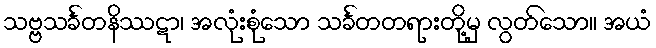
သဗ္ဗသင်္ခတနိဿဋာ၊ အလုံးစုံသော သင်္ခတတရားတို့မှ လွတ်သော။ အယံ